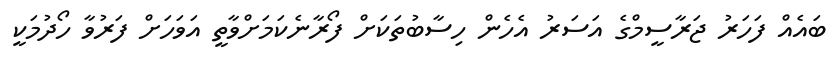
ބައެއް ފަހަރު ޖަރާސީމްގެ އަސަރު އެހެން ހިސާބުތަކަށް ފޯރާނެކަމަށްވާތީ އަވަހަށް ފަރުވާ ހޯދުމަކީ